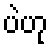
ပဲဟု